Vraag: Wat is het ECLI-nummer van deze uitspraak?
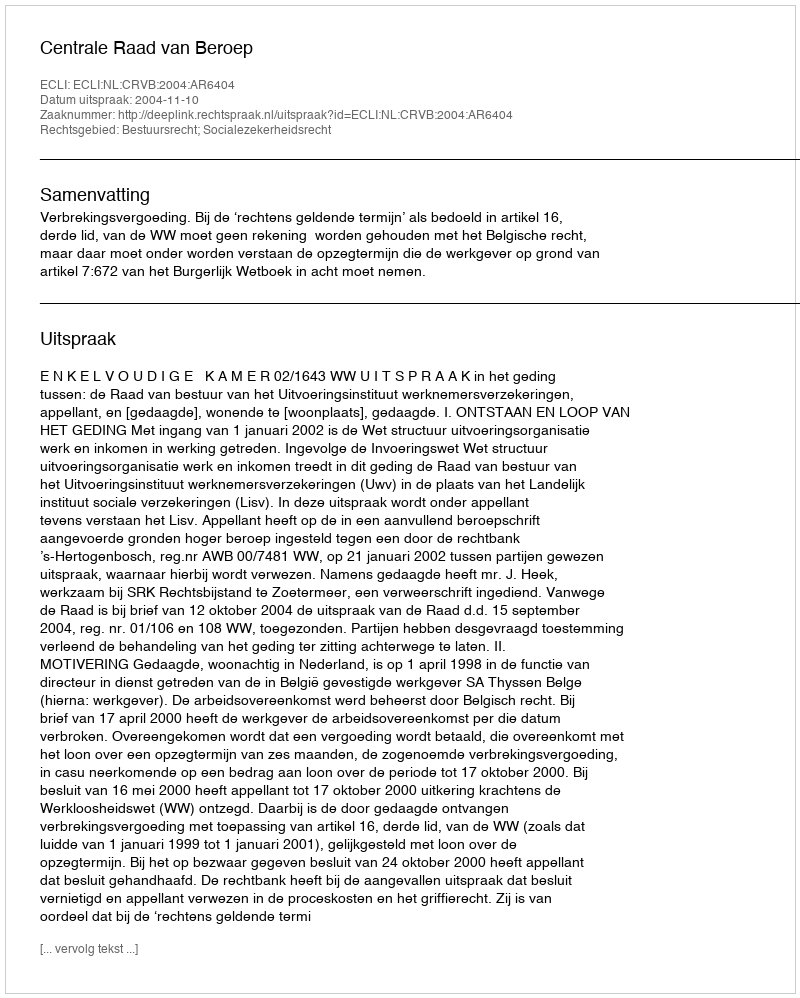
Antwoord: ECLI:NL:CRVB:2004:AR6404